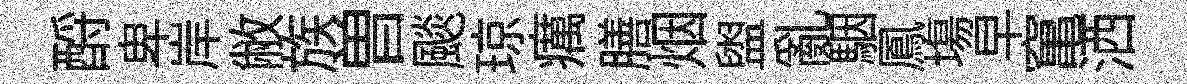
酹卑岸敝族曽颷琼癘膳烟盥亂駰鳳塲早𥧄洒